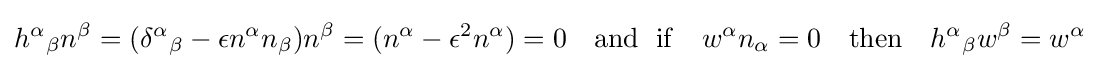
{h^{\alpha }}_{\beta }n^{\beta }=({\delta ^{\alpha }}_{\beta }-\epsilon n^{\alpha }n_{\beta })n^{\beta }=(n^{\alpha }-\epsilon ^{2}n^{\alpha })=0\quad {\text{and }}\;\mathrm {if} \quad w^{\alpha }n_{\alpha }=0\quad \mathrm {then} \quad {h^{\alpha }}_{\beta }w^{\beta }=w^{\alpha }